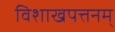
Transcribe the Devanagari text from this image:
विशाखपत्तनम्